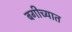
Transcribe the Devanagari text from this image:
बगीच्यात